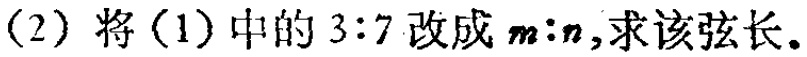
(2) 将(1)中的 \(3:7\) 改成 \(m:n\)，求该弦长。